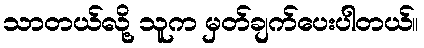
သာတယ်လို့ သူက မှတ်ချက်ပေးပါတယ်။